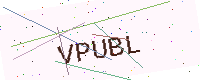
Text: VPUBL